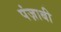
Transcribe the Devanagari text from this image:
पंज़ाबी